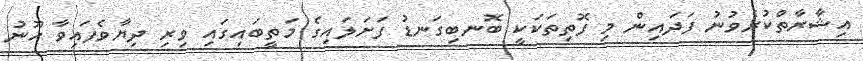
އިޝާރާތްކުރެވުނު ފަދައިން މި ފޮތިތަކަކީ ބޮނބިގަނޑު ފަށަލައިގެ މަތީބައިގައި ވިރި ދިޔާވެފައިވާ ހޫނު